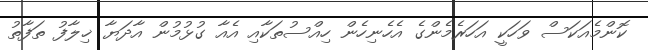
ކޮންމެއަކަސް ވަހަކީ އަހަރެމެންގެ އެހެނިހެން ހިއްސުތަކާއި އެއާ ގުޅުމުން އާދަޔާ ޚިލާފު ތަފާތު